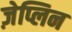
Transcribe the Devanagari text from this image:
ज़ेप्लिन